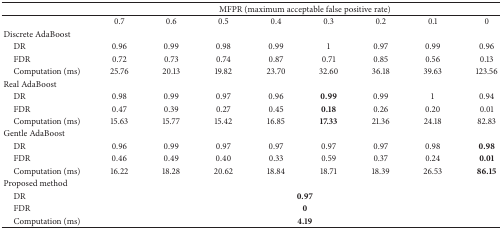
|  | <COLSPAN=8> MFPR (maximum acceptable false positive rate) |
 | --- | --- | --- | --- | --- | --- | --- | --- | --- |
 |  | 0.7 | 0.6 | 0.5 | 0.4 | 0.3 | 0.2 | 0.1 | 0 |
 | Discrete AdaBoost |  |  |  |  |  |  |  |  |
 | DR | 0.96 | 0.99 | 0.98 | 0.99 | 1 | 0.97 | 0.99 | 0.96 |
 | FDR | 0.72 | 0.73 | 0.74 | 0.87 | 0.71 | 0.85 | 0.56 | 0.13 |
 | Computation (ms) | 25.76 | 20.13 | 19.82 | 23.70 | 32.60 | 36.18 | 39.63 | 123.56 |
 | Real AdaBoost |  |  |  |  |  |  |  |  |
 | DR | 0.98 | 0.99 | 0.97 | 0.96 | 0.99 | 0.99 | 1 | 0.94 |
 | FDR | 0.47 | 0.39 | 0.27 | 0.45 | 0.18 | 0.26 | 0.20 | 0.01 |
 | Computation (ms) | 15.63 | 15.77 | 15.42 | 16.85 | 17.33 | 21.36 | 24.18 | 82.83 |
 | Gentle AdaBoost |  |  |  |  |  |  |  |  |
 | DR | 0.96 | 0.99 | 0.97 | 0.97 | 0.97 | 0.97 | 0.98 | 0.98 |
 | FDR | 0.46 | 0.49 | 0.40 | 0.33 | 0.59 | 0.37 | 0.24 | 0.01 |
 | Computation (ms) | 16.22 | 18.28 | 20.62 | 18.84 | 18.71 | 18.39 | 26.53 | 86.15 |
 | Proposed method |  |  |  |  |  |  |  |  |
 | DR | <COLSPAN=8> 0.97 |
 | FDR | <COLSPAN=8> 0 |
 | Computation (ms) | <COLSPAN=8> 4.19 |